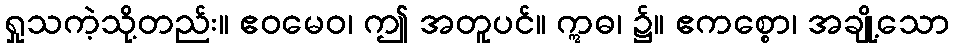
ရှုသကဲ့သို့တည်း။ ဧဝမေဝ၊ ဤ အတူပင်။ ဣဓ၊ ၌။ ဧကစ္စော၊ အချို့သော